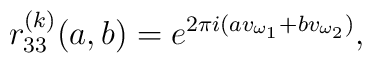
r_{33}^{(k)}(a,b)=e^{2\pi i(av_{\omega_{1}}+bv_{\omega_{2}})},